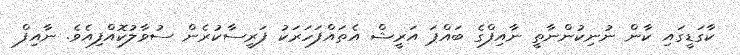
ކާގަޑީގައި ކާން ނުނިކުންނާތީ ނާއިފްގެ ބައްޕަ އަރީޝް އެތައްފަހަރަކު ފަރީސާކުރެން ސުވާލުކޮއްފިއެވެ. ނާއިފް